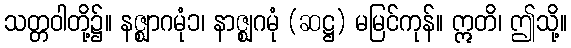
သတ္တဝါတို့၌။ နဇ္ဈာဂမုံ၁၊ နာဇ္ဈဂမုံ (ဆဋ္ဌ) မမြင်ကုန်။ ဣတိ၊ ဤသို့။